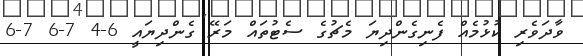
ވާދަވެރި ކުޅުމެއް ފެނިގެންދިޔަ މެޗުގެ ސެޓުތައް މަރޭ ގެންދިޔައީ 6-4 7-6 7-6